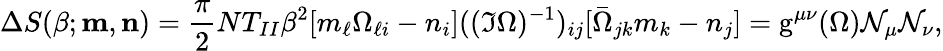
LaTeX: \Delta S(\beta;{\mathbf m},{\mathbf n})=\frac{\pi}{2}NT_{II}\beta^{2}[m_{\ell}\Omega_{\ell i}-n_{i}]((\Im\Omega)^{-1})_{ij}[\bar{\Omega}_{jk}m_{k}-n_{j}]=\mathrm{g}^{\mu\nu}(\Omega){\cal N}_{\mu}{\cal N}_{\nu},